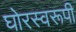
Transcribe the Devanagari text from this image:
घोरस्वरूपी